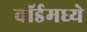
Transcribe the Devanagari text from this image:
वॉर्डमध्ये